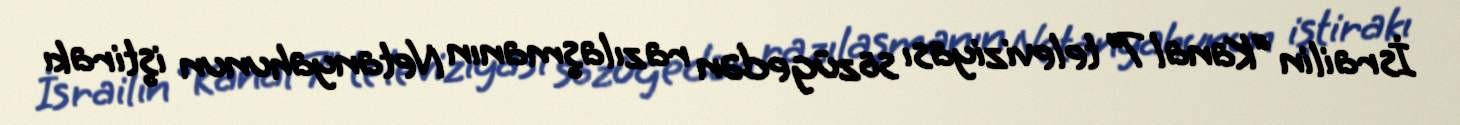
İsrailin “Kanal 7” televiziyası sözügedən razılaşmanın Netanyahunun iştirakı